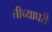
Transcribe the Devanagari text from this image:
तीच्याघरी